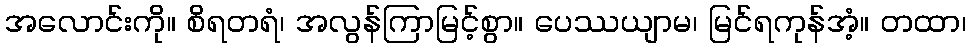
အလောင်းကို။ စိရတရံ၊ အလွန်ကြာမြင့်စွာ။ ပေဿယျာမ၊ မြင်ရကုန်အံ့။ တထာ၊